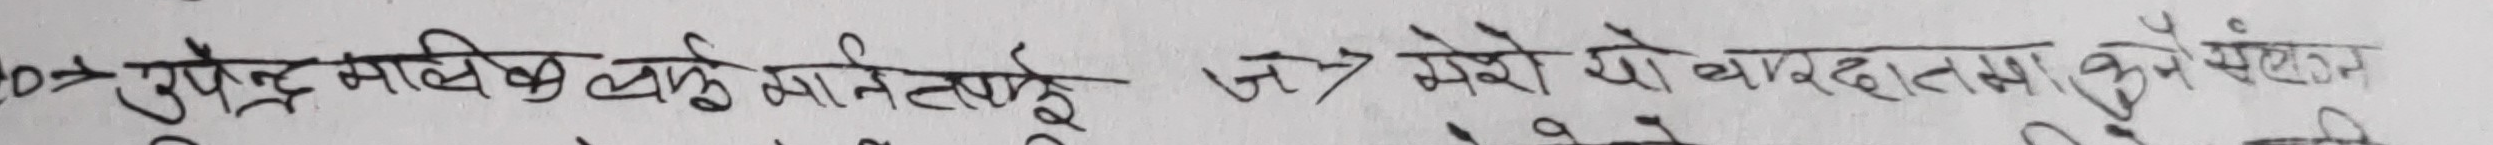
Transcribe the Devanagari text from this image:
20→ उपेन्द्र मालिक लाई मान्दैनन् ज→ मेरो यो ब्यवसायमा कुनै संकट